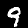
Digit: 9